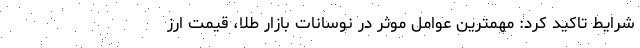
شرایط تاکید کرد: مهمترین عوامل موثر در نوسانات بازار طلا، قیمت ارز